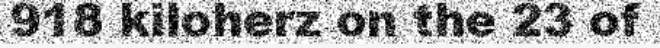
918 kiloherz on the 23 of